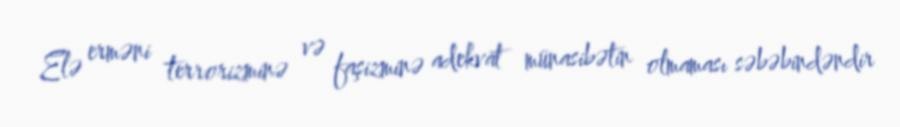
Elə erməni terrorizminə və faşizminə adekvat münasibətin olmaması səbəbindəndir